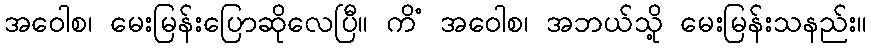
အဝေါစ၊ မေးမြန်းပြောဆိုလေပြီ။ ကိံ အဝေါစ၊ အဘယ်သို့ မေးမြန်းသနည်း။